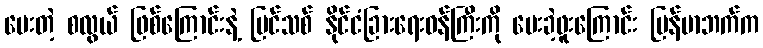
ပေးတဲ့ စလွယ် ဖြစ်ကြောင်းနဲ့ ပြင်သစ် နိုင်ငံခြားရေးဝန်ကြီးကို ပေးခဲ့ဖူးကြောင်း မြန်မာဘက်က